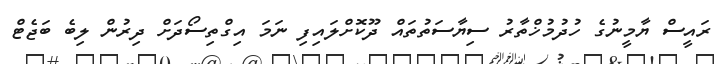
ރައީސް ޔާމީނުގެ ހުދުމުޚްތާރު ސިޔާސަތުތައް ދޫކޮށްލައިފި ނަމަ އިގްތިސޯދަށް ދިރުން ލިބެ ބަޖެޓް